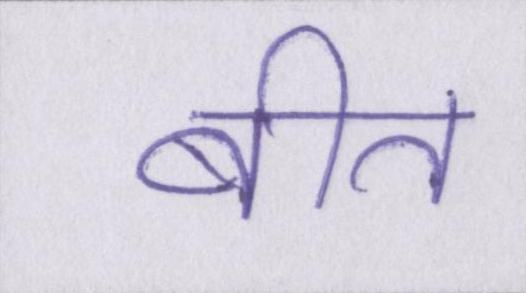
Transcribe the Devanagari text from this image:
बीत